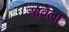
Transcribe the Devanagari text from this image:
आवैला